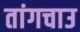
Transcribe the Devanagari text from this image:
तांगचाउ